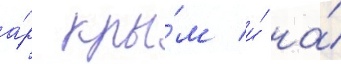
а́р кры́м и́ на́